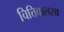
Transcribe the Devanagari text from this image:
चित्तिवालसा